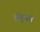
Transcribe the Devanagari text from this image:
हंसुआ